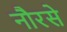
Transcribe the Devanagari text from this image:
नौरसे